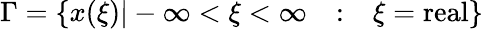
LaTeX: \Gamma=\{ x(\xi)|-\infty<\xi<\infty\ \ \ :\ \ \ \xi=\mathrm{real}\}